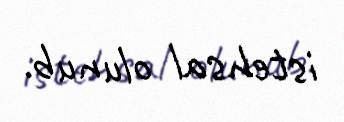
istehsal olunub.